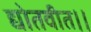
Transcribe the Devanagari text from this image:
द्योतवीत।।